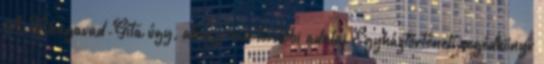
A Bhagavad-Gíta úgy, ahogy van további adatai Egyháztörténeti segédkönyv